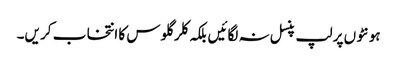
ہو نٹو ں پر لپ پنسل نہ لگائیں بلکہ کلر گلو س کا انتخا ب کر یں۔